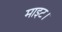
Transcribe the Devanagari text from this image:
माइट।